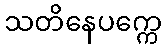
သတိနေပက္ကေ